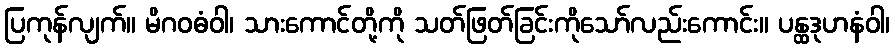
ပြကုန်လျက်။ မိဂဝဓံဝါ၊ သားကောင်တို့ကို သတ်ဖြတ်ခြင်းကိုသော်လည်းကောင်း။ ပန္ထဒုဟနံဝါ၊